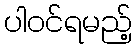
ပါဝင်ရမည့်